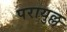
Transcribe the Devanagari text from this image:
परायुल्ल